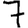
Digit: 7